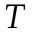
T